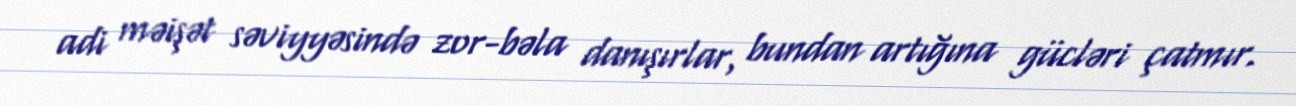
adi məişət səviyyəsində zor-bəla danışırlar, bundan artığına gücləri çatmır.